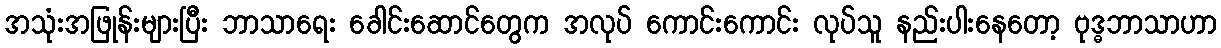
အသုံးအဖြုန်းများပြီး ဘာသာရေး ခေါင်းဆောင်တွေက အလုပ် ကောင်းကောင်း လုပ်သူ နည်းပါးနေတော့ ဗုဒ္ဓဘာသာဟာ